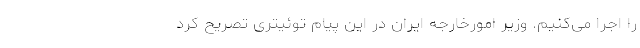
را اجرا می‌کنیم. وزیر امورخارجه ایران در این پیام توئیتری تصریح کرد